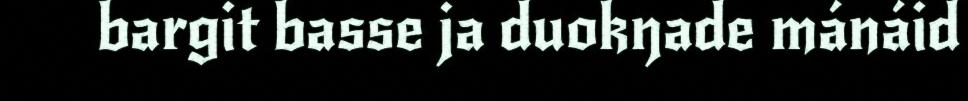
bargit basse ja duokŋade mánáid